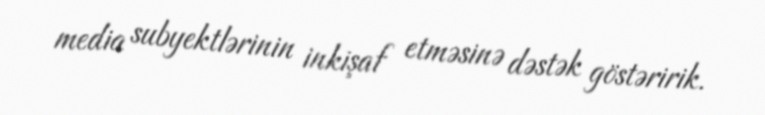
media subyektlərinin inkişaf etməsinə dəstək göstəririk.